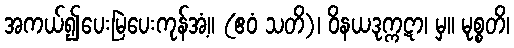
အကယ်၍ပေးမြဲပေးကုန်အံ့။ (ဧဝံ သတိ)၊ ဝိနယဒုက္ကဋာ၊ မှ။ မုစ္စတိ၊